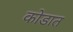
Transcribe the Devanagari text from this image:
कोडात